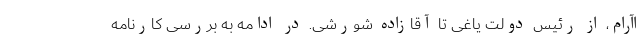
اآرام، از رئیس دولت یاغی تا آقازاده شورشی. در ادامه به بررسی کارنامه